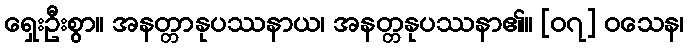
ရှေးဦးစွာ။ အနတ္တာနုပဿနာယ၊ အနတ္တနုပဿနာ၏။ [၀၇] ဝသေန၊